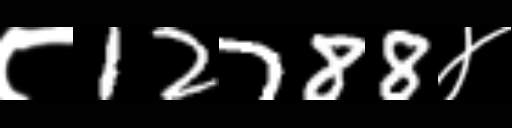
Text: ८12788४